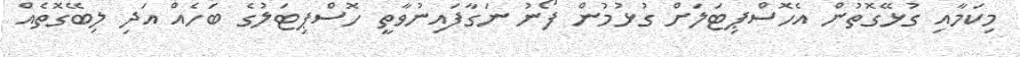
މިކަމާއި ގުޅޭގޮތުން އެހޮސްޕިޓަލަށް ގުޅުމުން ފޯނު ނަގާފައިނުވާތީ ހޮޮސްޕިޓަލުގެ ބަހެއް އަދި ލިބޭގޮތެއް